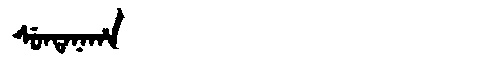
Manchu: ᠰᡠᠨᡨᠠᠨᠠᡥᠠ
Romanization: SUNTANAHA